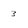
Character: 3